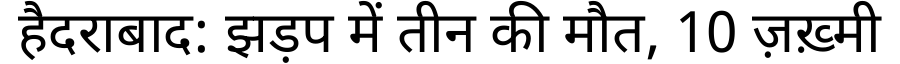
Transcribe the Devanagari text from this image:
हैदराबाद: झड़प में तीन की मौत, 10 ज़ख़्मी